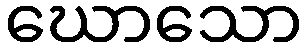
ဃောသော